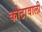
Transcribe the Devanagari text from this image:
कोटावाली